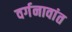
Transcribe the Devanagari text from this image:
वर्गनावांत